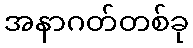
အနာဂတ်တစ်ခု